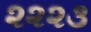
૨૨૨૩